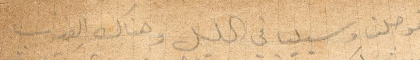
فوصلنا مرسيليا في الليل وهناك العذاب